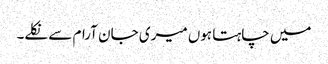
میں چاہتا ہوں میری جان آرام سے نکلے۔